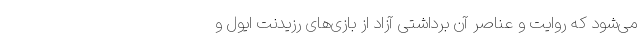
می‌شود که روایت و عناصر آن برداشتی آزاد از بازی‌های رزیدنت ایول و